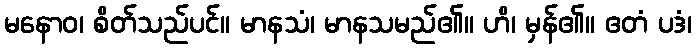
မနောဝ၊ စိတ်သည်ပင်။ မာနသံ၊ မာနသမည်၏။ ဟိ၊ မှန်၏။ ဧတံ ပဒံ၊